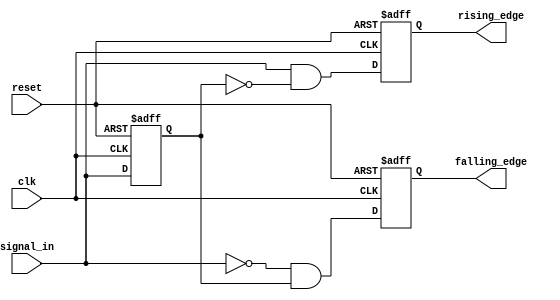
module dual_edge_detector (
    input wire clk,          // Clock signal
    input wire reset,        // Asynchronous reset
    input wire signal_in,    // Input signal to detect edges
    output reg rising_edge,  // Output signal for rising edge detection
    output reg falling_edge   // Output signal for falling edge detection
);

    // State memory to store the previous state of the input signal
    reg previous_state;

    // Always block to detect edges on the rising edge of the clock
    always @(posedge clk or posedge reset) begin
        if (reset) begin
            // Reset the previous state and output signals
            previous_state <= 1'b0;
            rising_edge <= 1'b0;
            falling_edge <= 1'b0;
        end else begin
            // Edge detection logic
            rising_edge <= (signal_in && !previous_state);  // Rising edge detected
            falling_edge <= (!signal_in && previous_state); // Falling edge detected
            
            // Update the previous state
            previous_state <= signal_in;
        end
    end

endmodule